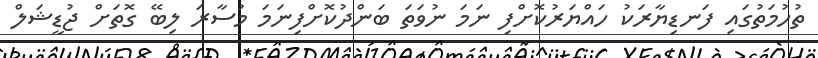
ތުހުމަތުގައި ފަނޑިޔާރަކު ހައްޔަރުކޮށްފި ނަމަ ނުވަތަ ބަންދުކޮށްފިނަމަ މުސާރަ ލިބޭ ގޮތަށް ޖުޑީޝަލް